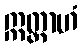
ဣတ္ထာဟံ